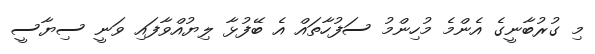
މި ގުރުބާނީގެ އެންމެ މުހިންމު ސަފުހާތައް އެ ބޭފުޅާ ލިޔުއްވާފައި ވަނީ ސިޔާސީ